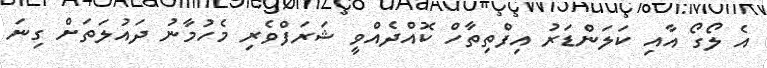
އެ ލޯގޯ އާއި ކަލަންޑަރު އިފްތިތާހް ކޮއްދެއްވީ ޝަރަފްވެރި މެހުމާނު ދައުލަތަށް ގިނަ